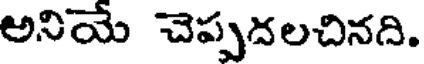
అనియే చెప్పదలచినది.